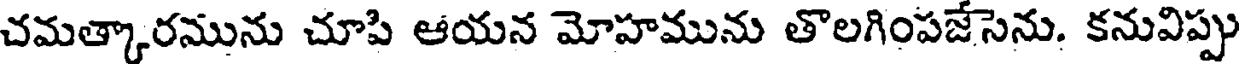
చమత్కారమును చూపి ఆయన మోహమును తొలగింపజేసెను. కనువిప్పు